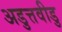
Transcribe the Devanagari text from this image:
अडुत्तवीडु